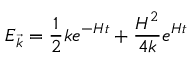
E _ { \vec { k } } = \frac 1 2 k e ^ { - H t } + { \frac { H ^ { 2 } } { 4 k } } e ^ { H t }